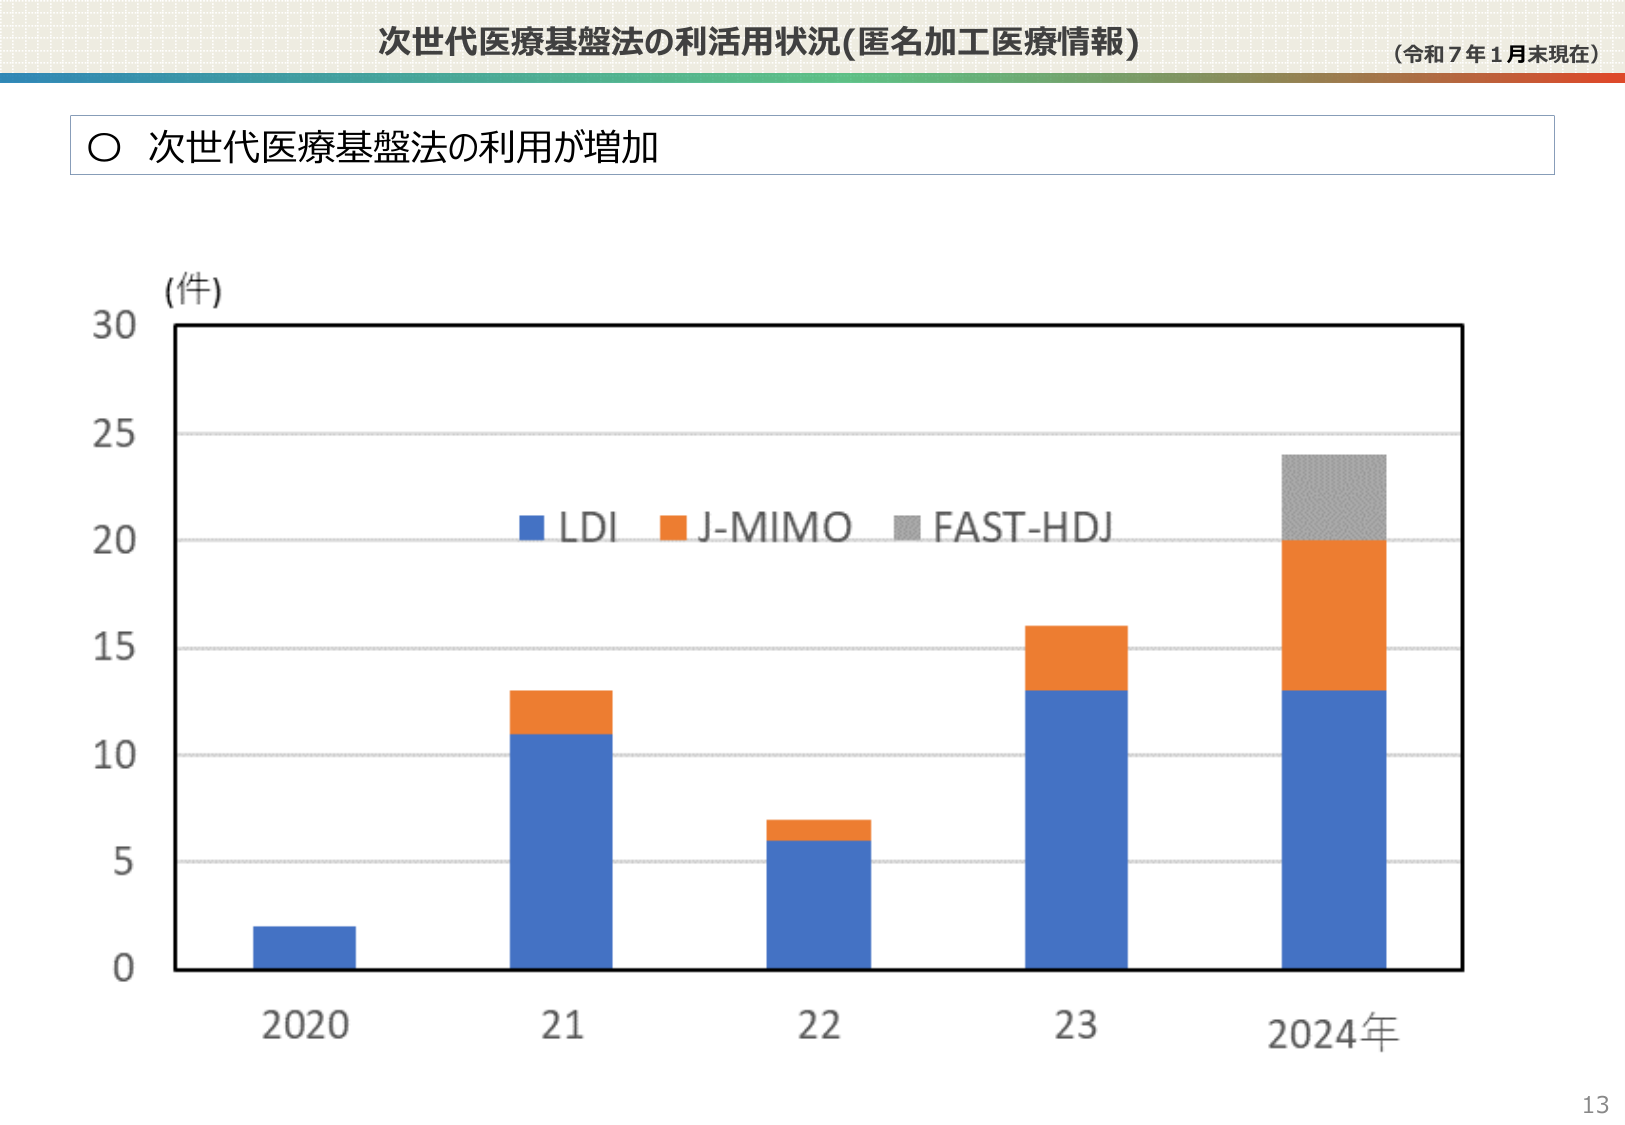
次世代医療基盤法の利活用状況(匿名加工医療情報)
(令和7年1月末現在)
○ 次世代医療基盤法の利用が増加
(件)
30
25
20
15
10
5
0
2020
21
22
23
2024年
LDI
J-MIMO
FAST-HDJ
13